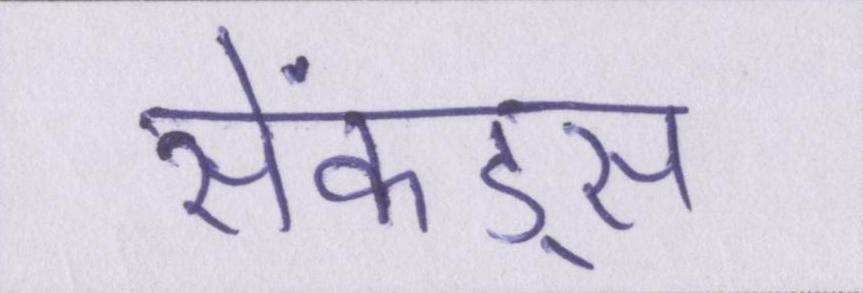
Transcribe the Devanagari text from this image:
सेकंड्स